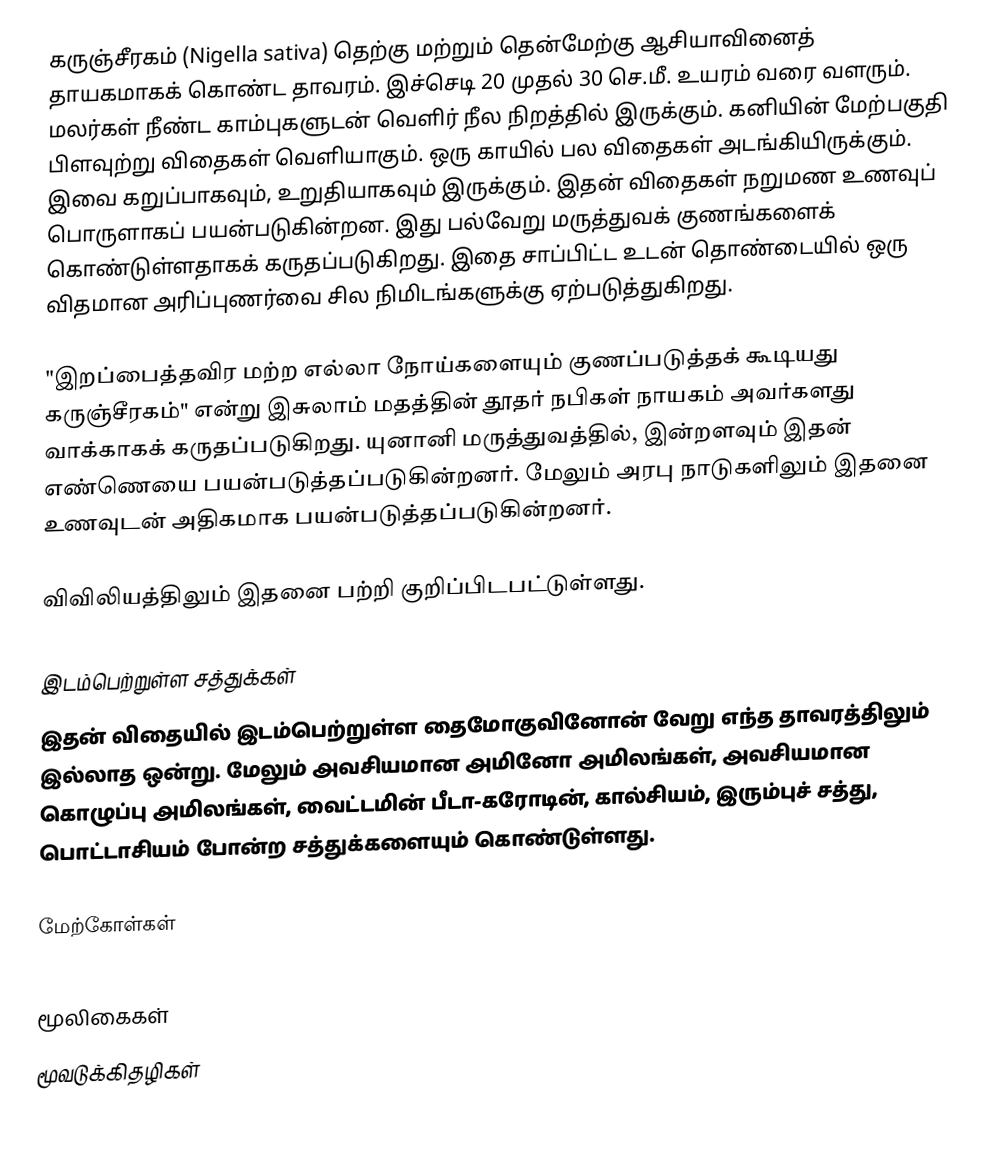
கருஞ்சீரகம் (Nigella sativa) தெற்கு மற்றும் தென்மேற்கு ஆசியாவினைத் தாயகமாகக் கொண்ட தாவரம். இச்செடி 20 முதல் 30 செ.மீ. உயரம் வரை வளரும். மலர்கள் நீண்ட காம்புகளுடன் வெளிர் நீல நிறத்தில் இருக்கும். கனியின் மேற்பகுதி பிளவுற்று விதைகள் வெளியாகும். ஒரு காயில் பல விதைகள் அடங்கியிருக்கும். இவை கறுப்பாகவும், உறுதியாகவும் இருக்கும். இதன் விதைகள் நறுமண உணவுப் பொருளாகப் பயன்படுகின்றன. இது பல்வேறு மருத்துவக் குணங்களைக் கொண்டுள்ளதாகக் கருதப்படுகிறது.  இதை சாப்பிட்ட உடன் தொண்டையில் ஒரு விதமான அரிப்புணர்வை சில நிமிடங்களுக்கு ஏற்படுத்துகிறது.

"இறப்பைத்தவிர மற்ற எல்லா நோய்களையும் குணப்படுத்தக் கூடியது கருஞ்சீரகம்" என்று இசுலாம் மதத்தின் தூதர் நபிகள் நாயகம் அவர்களது வாக்காகக் கருதப்படுகிறது. யுனானி மருத்துவத்தில், இன்றளவும் இதன் எண்ணெயை பயன்படுத்தப்படுகின்றனர். மேலும் அரபு நாடுகளிலும் இதனை உணவுடன் அதிகமாக பயன்படுத்தப்படுகின்றனர்.

விவிலியத்திலும் இதனை பற்றி குறிப்பிடபட்டுள்ளது.

இடம்பெற்றுள்ள சத்துக்கள்
இதன் விதையில் இடம்பெற்றுள்ள தைமோகுவினோன் வேறு எந்த தாவரத்திலும் இல்லாத ஒன்று. மேலும் அவசியமான அமினோ அமிலங்கள், அவசியமான கொழுப்பு அமிலங்கள், வைட்டமின் பீடா-கரோடின், கால்சியம், இரும்புச் சத்து, பொட்டாசியம் போன்ற சத்துக்களையும் கொண்டுள்ளது.

மேற்கோள்கள்

மூலிகைகள்
மூவடுக்கிதழிகள்